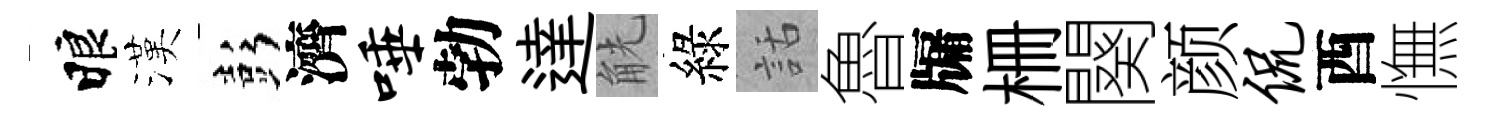
睱漢彭濟唾勃達觥綠話魯牖栅闋颜侃酉憮